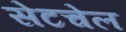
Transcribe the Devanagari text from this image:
सेटचेल